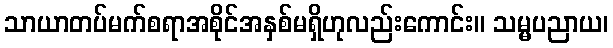
သာယာတပ်မက်စရာအစိုင်အနှစ်မရှိဟုလည်းကောင်း။ သမ္မပညာယ၊